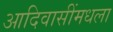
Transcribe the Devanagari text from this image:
आदिवासींमधला